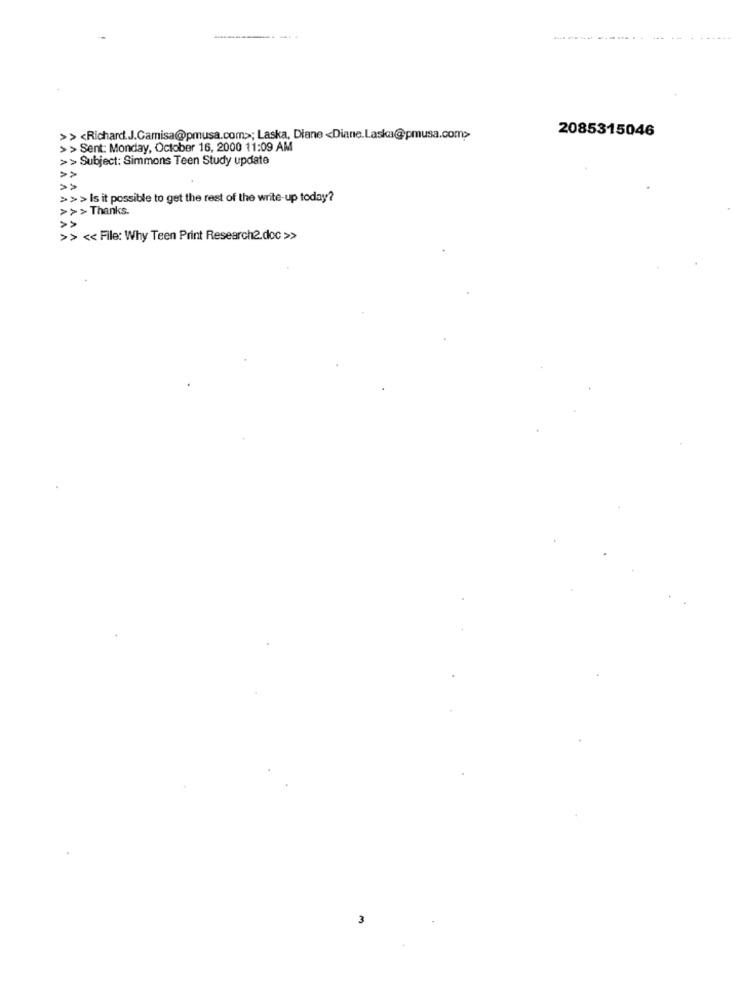
VVVVVVVVV
2085315046
>> <Richard.J.Camisa@pmusa.com>; Laska, Diane <Diane.Laska@pmusa.com>
> > Sent: Monday, October 16, 2000 11:09 AM
>> Subject: Simmons Teen Study update
>>> Is it possible to get the rest of the write-up today?
>>>Thanks.
<< File: Why Teen Print Research2.doc >>>
A